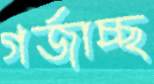
গর্জাচ্ছ